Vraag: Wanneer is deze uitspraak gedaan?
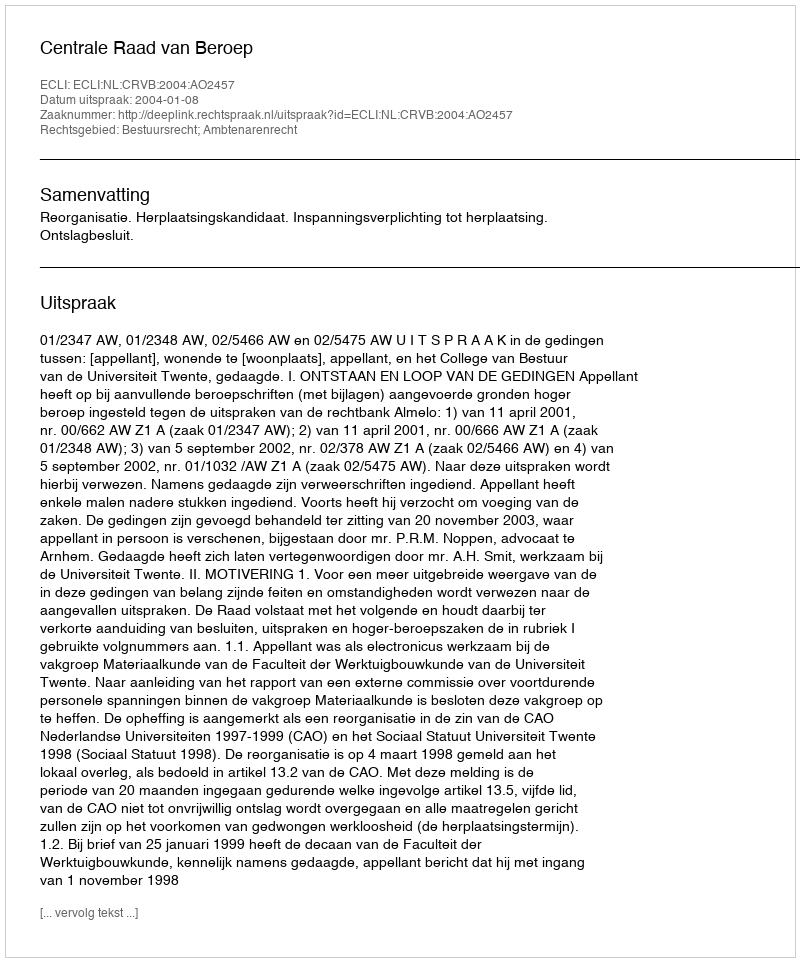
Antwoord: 2004-01-08